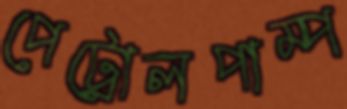
পেট্রোলপাম্প